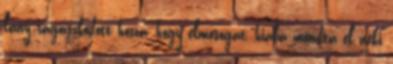
lány ragaszkodott hozzá, hogy elmosogat, hiába mondta el neki